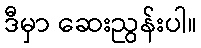
ဒီမှာ ဆေးညွန်းပါ။